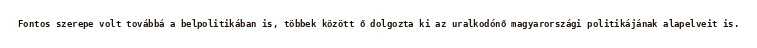
Fontos szerepe volt továbbá a belpolitikában is, többek között ő dolgozta ki az uralkodónő magyarországi politikájának alapelveit is.